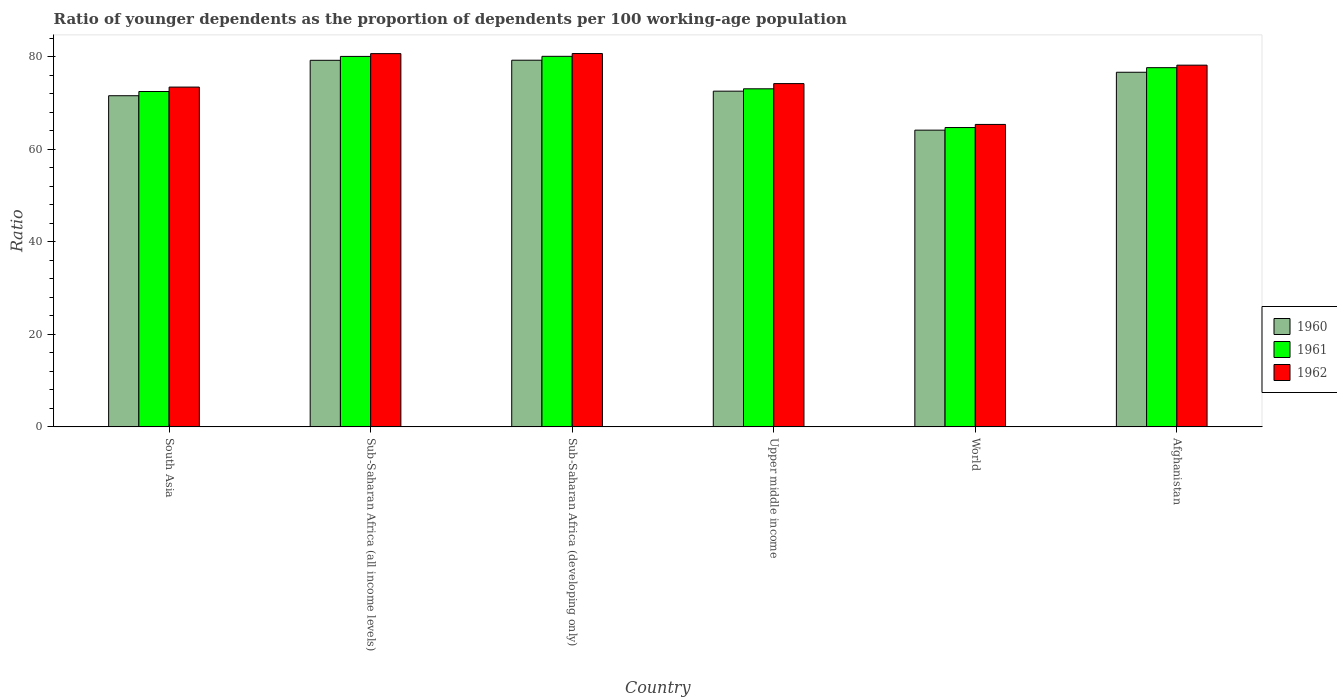
| Country | 1960 | 1961 | 1962 |
 | --- | --- | --- | --- |
 | South Asia | 71.6 | 72.5 | 73.4 |
 | Sub-Saharan Africa (all income levels) | 79.2 | 80.1 | 80.7 |
 | Sub-Saharan Africa (developing only) | 79.2 | 80.1 | 80.7 |
 | Upper middle income | 72.5 | 73.1 | 74.2 |
 | World | 64.1 | 64.7 | 65.4 |
 | Afghanistan | 76.6 | 77.6 | 78.2 |